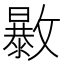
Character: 𣀠